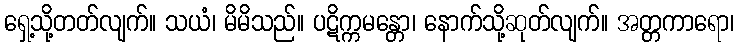
ရှေ့သို့တတ်လျက်။ သယံ၊ မိမိသည်။ ပဋိက္ကမန္တော၊ နောက်သို့ဆုတ်လျက်။ အတ္တကာရော၊